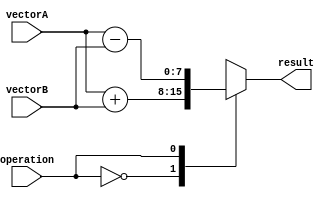
module VectorALU (
    input wire [7:0] vectorA,
    input wire [7:0] vectorB,
    input wire operation,
    output reg [7:0] result
);

always @(*)
begin
    case(operation)
        0: result = vectorA + vectorB; // Addition
        1: result = vectorA - vectorB; // Subtraction
        2: result = vectorA * vectorB; // Multiplication
        3: result = vectorA / vectorB; // Division
        default: result = 8'b00000000; // Default case
    endcase
end

endmodule